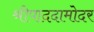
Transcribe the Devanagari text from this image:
श्रीपाददामोदर